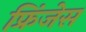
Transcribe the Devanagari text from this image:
फ्रिंजेस